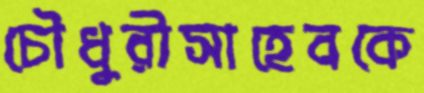
চৌধুরীসাহেবকে